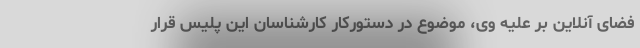
فضای آنلاین بر علیه وی، موضوع در دستورکار کارشناسان این پلیس قرار